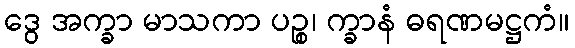
ဒွေ အက္ခာ မာသကာ ပဉ္စ၊ က္ခာနံ ဓရဏမဋ္ဌကံ။